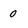
Character: 0